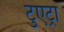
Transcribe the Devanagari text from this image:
टुएट्रा